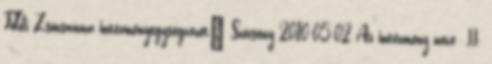
Földi Zsuzsanna intézményegységvezetı Szécsény 2010-05-02 Az intézmény neve: II.